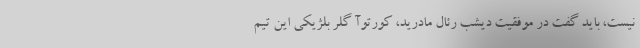
نیست، باید گفت در موفقیت دیشب رئال مادرید، کورتوآ گلر بلژیکی این تیم